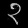
Digit: ၃